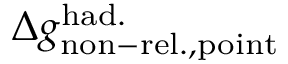
\Delta { g } _ { \mathrm { n o n - r e l . , p o i n t } } ^ { \mathrm { h a d . } }